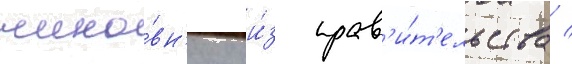
чино́вн'ику и́з прав'и́т'ельства /